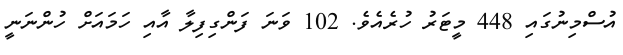
އުސްމިނުގައި 448 މީޓަރު ހުރެއެވެ. 102 ވަނަ ފަންގިފިލާ އާއި ހަމައަށް ހުންނަނީ